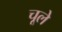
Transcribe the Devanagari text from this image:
चूले